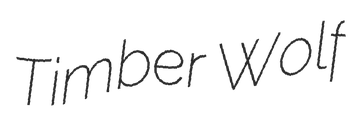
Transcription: Timber Wolf